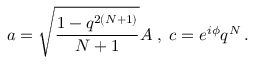
a = \sqrt { \frac { 1 - q ^ { 2 ( N + 1 ) } } { N + 1 } } A \; , \; c = e ^ { i \phi } q ^ { N } \, .